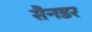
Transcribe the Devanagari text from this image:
सैनडर